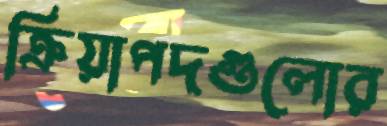
ক্রিয়াপদগুলোর